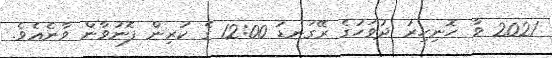
2021 ވާ ހޮނިހިރު ދުވަހުގެ ރޭގަނޑު 12:00 ގެ ކުރިން ފޮނުވާން ވާނެއެވެ.